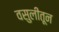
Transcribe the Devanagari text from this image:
वसुलीतून